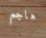
هاجم